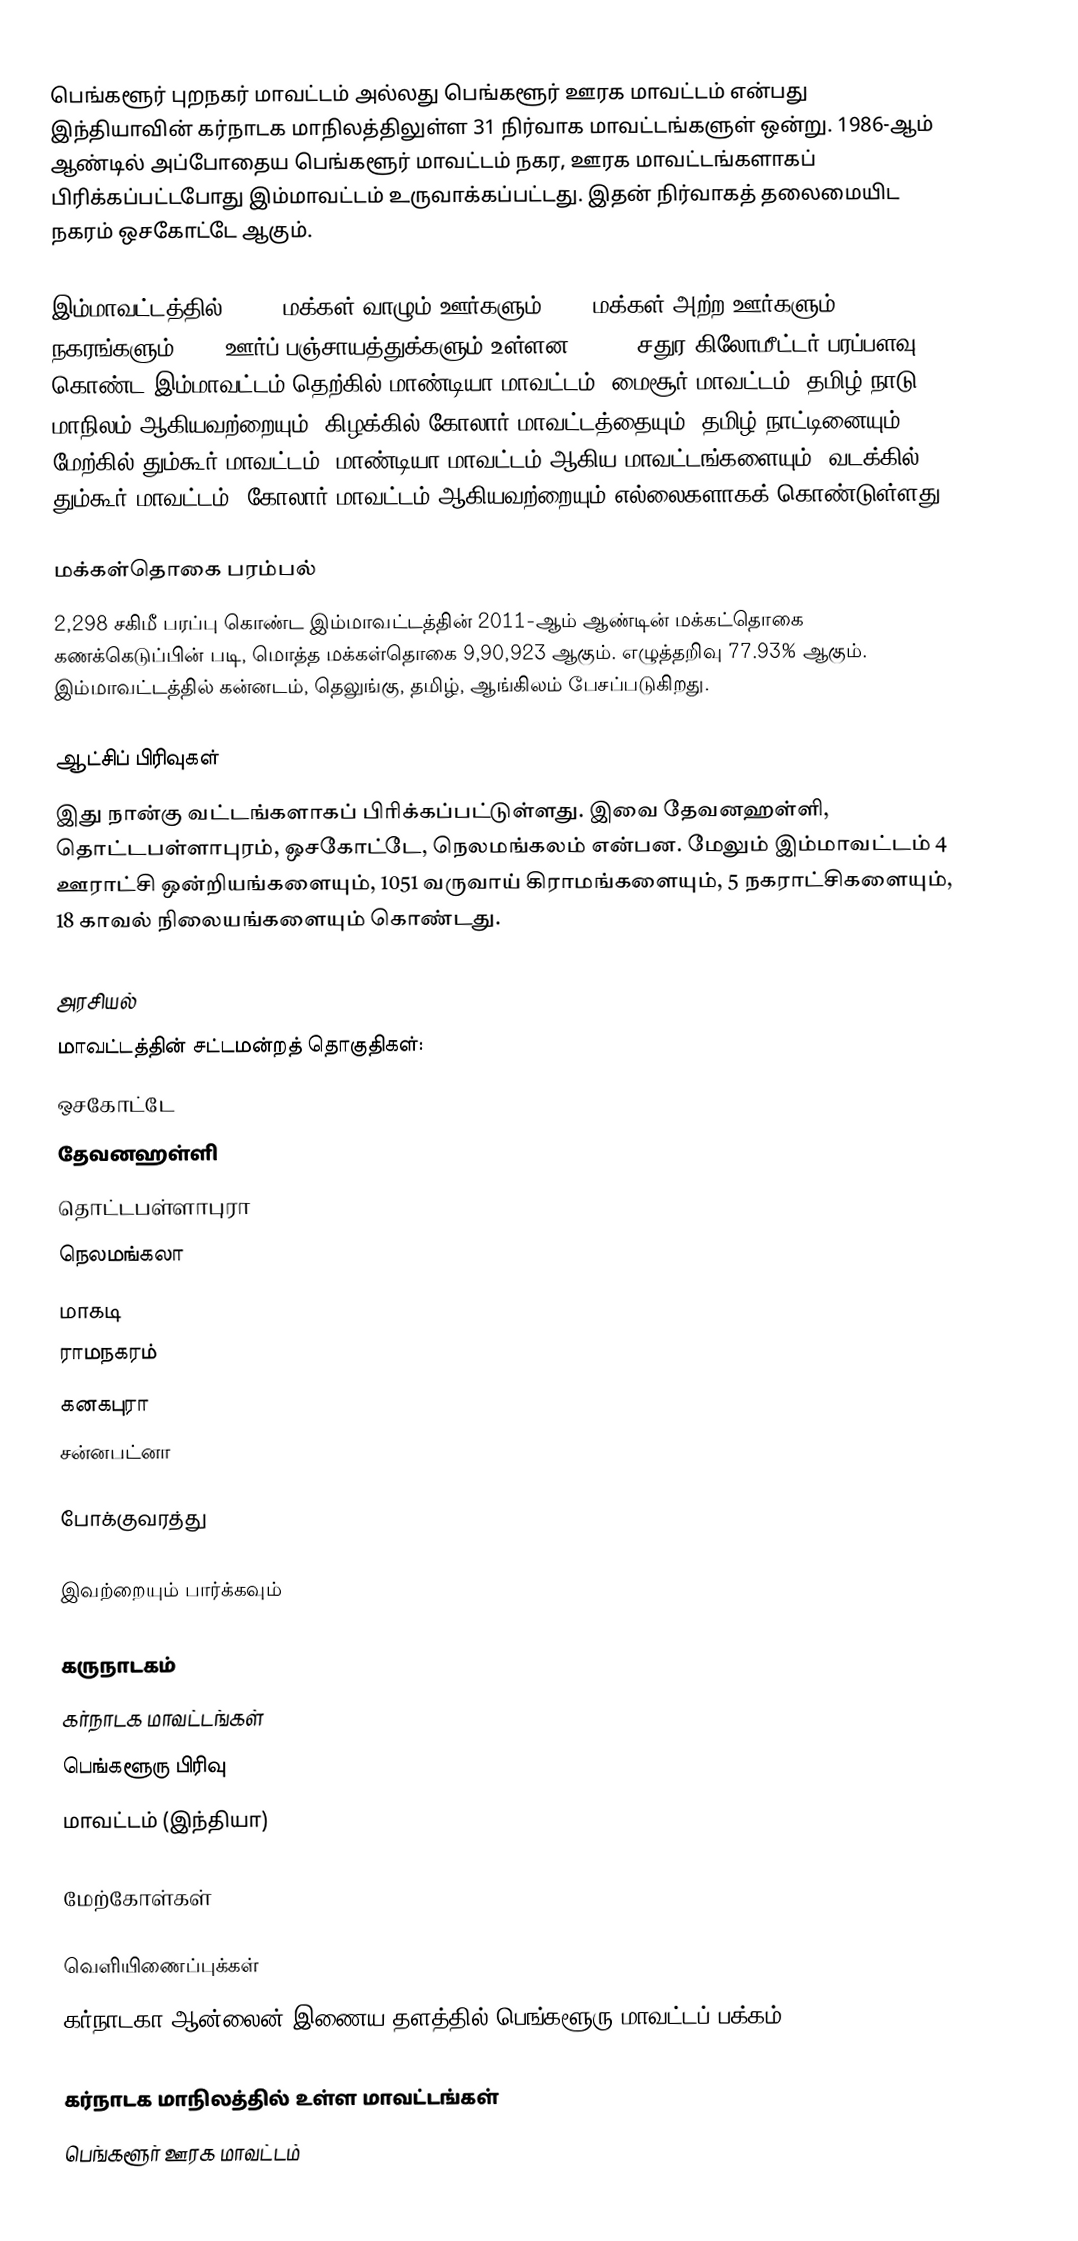
பெங்களூர் புறநகர் மாவட்டம் அல்லது பெங்களூர் ஊரக மாவட்டம் என்பது இந்தியாவின் கர்நாடக மாநிலத்திலுள்ள 31 நிர்வாக மாவட்டங்களுள் ஒன்று. 1986-ஆம் ஆண்டில் அப்போதைய பெங்களூர் மாவட்டம் நகர, ஊரக மாவட்டங்களாகப் பிரிக்கப்பட்டபோது இம்மாவட்டம் உருவாக்கப்பட்டது. இதன் நிர்வாகத் தலைமையிட நகரம் ஒசகோட்டே ஆகும்.

இம்மாவட்டத்தில் 1,713 மக்கள் வாழும் ஊர்களும், 177 மக்கள் அற்ற ஊர்களும், 9 நகரங்களும், 229 ஊர்ப் பஞ்சாயத்துக்களும் உள்ளன. 5,814 சதுர கிலோமீட்டர் பரப்பளவு கொண்ட இம்மாவட்டம் தெற்கில் மாண்டியா மாவட்டம், மைசூர் மாவட்டம், தமிழ் நாடு மாநிலம் ஆகியவற்றையும், கிழக்கில் கோலார் மாவட்டத்தையும், தமிழ் நாட்டினையும், மேற்கில் தும்கூர் மாவட்டம், மாண்டியா மாவட்டம் ஆகிய மாவட்டங்களையும், வடக்கில் தும்கூர் மாவட்டம், கோலார் மாவட்டம் ஆகியவற்றையும் எல்லைகளாகக் கொண்டுள்ளது.

மக்கள்தொகை பரம்பல்
2,298 சகிமீ பரப்பு கொண்ட இம்மாவட்டத்தின் 2011-ஆம் ஆண்டின் மக்கட்தொகை கணக்கெடுப்பின் படி, மொத்த மக்கள்தொகை 9,90,923 ஆகும். எழுத்தறிவு 77.93% ஆகும்.  இம்மாவட்டத்தில் கன்னடம், தெலுங்கு, தமிழ், ஆங்கிலம் பேசப்படுகிறது.

ஆட்சிப் பிரிவுகள்
இது நான்கு வட்டங்களாகப் பிரிக்கப்பட்டுள்ளது. இவை தேவனஹள்ளி, தொட்டபள்ளாபுரம், ஒசகோட்டே, நெலமங்கலம் என்பன. மேலும் இம்மாவட்டம் 4 ஊராட்சி ஒன்றியங்களையும், 1051 வருவாய் கிராமங்களையும், 5 நகராட்சிகளையும், 18 காவல் நிலையங்களையும் கொண்டது.

அரசியல்
மாவட்டத்தின் சட்டமன்றத் தொகுதிகள்:
 ஒசகோட்டே
தேவனஹள்ளி
தொட்டபள்ளாபுரா
நெலமங்கலா
மாகடி
ராமநகரம்
கனகபுரா
சன்னபட்னா

போக்குவரத்து

இவற்றையும் பார்க்கவும்

 கருநாடகம்
 கர்நாடக மாவட்டங்கள்
 பெங்களூரு பிரிவு
 மாவட்டம் (இந்தியா)

மேற்கோள்கள்

வெளியிணைப்புக்கள்
 கர்நாடகா ஆன்லைன் இணைய தளத்தில் பெங்களூரு மாவட்டப் பக்கம்

கர்நாடக மாநிலத்தில் உள்ள மாவட்டங்கள்
பெங்களூர் ஊரக மாவட்டம்